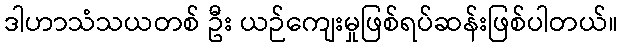
ဒါဟာသံသယတစ် ဦး ယဉ်ကျေးမှုဖြစ်ရပ်ဆန်းဖြစ်ပါတယ်။